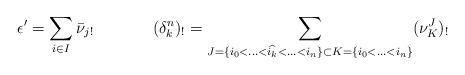
LaTeX: \begin{align*}\epsilon'=\sum_{i \in I} \bar{\nu}_{j!} & \ & (\delta_k^n)_!=\sum_{J=\{i_0<\hdots<\widehat{i_k}<\hdots<i_n\} \subset K=\{i_0<\hdots<i_n\}} (\nu_{K}^J)_!\end{align*}